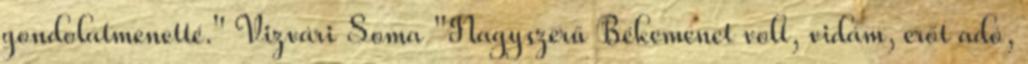
gondolatmenetté." Vizvári Soma "Nagyszerű Békemenet volt, vidám, erőt adó,